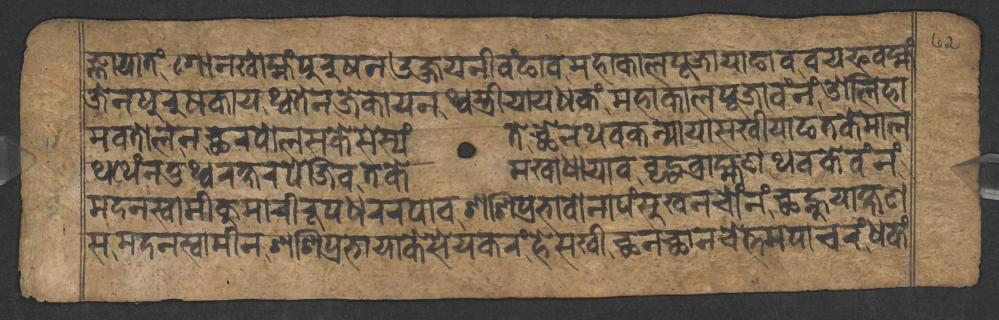
𑐖𑑂𑐘𑐵𑐫𑐵𑐟𑑄𑐐𑑀𑐣𑐏𑑀𑐩𑑂𑐴𑑄𑐥𑐸𑐬𑐸𑐲𑐣𑑁𑐖𑑂𑐖𑐫𑐣𑐷𑐰𑑄𑐒𑐵𑐰𑐩𑐴𑐵𑐎𑐵𑐮𑐥𑐹𑐖𑐵𑐫𑐵𑐒𑐵𑐰𑐰𑐫𑐦𑐰𑐩𑑂𑐴𑑄 𑐖𑐾𑐣𑐥𑐸𑐬𑐸𑐲𑐎𑐵𑐫𑐠𑑂𑐰𑐟𑐾𑐣𑐖𑐾𑐎𑐵𑐫𑐣𑐠𑑂𑐰𑐳𑑂𑐟𑑂𑐬𑐷𑐫𑐵𑐫𑐢𑐎𑑄𑐩𑐴𑐵𑐎𑐵𑐮𑐥𑐹𑐖𑐵𑐰𑑄𑐣𑑄𑐌𑐮𑐶𑐴𑐵 𑐩𑐰𑐟𑑀𑐮𑐾𑐣𑐕𑐬𑐥𑑀𑐮𑐳𑐎𑐾𑐳𑐾𑐳𑑂𑐫𑑄𑐟𑐾𑐕𑐾𑐣𑐠𑐰𑐎𑐣𑑂𑐫𑐵𑐫𑐵𑐳𑐏𑐷𑐫𑐵𑐒𑐟𑐎𑐾𑐩𑐵𑐮 𑐠𑐠𑐾𑑄𑐣𑐟𑐸𑐠𑑂𑐰𑐬𑐎𑑂𑐲𑐬𑐥𑐾𑐖𑐶𑐰𑐟𑐎𑐾𑐩𑐏𑐵𑐢𑐵𑐫𑐵𑐰𑐰𑐺𑐡𑑂𑐢𑐧𑑂𑐬𑐵𑐴𑑂𑐩𑐞𑐠𑐰𑐎𑐾𑐰𑑄𑐣𑑄 𑐩𑐡𑐣𑐳𑑂𑐰𑐵𑐩𑐷𑐎𑐸𑐩𑐵𑐬𑐷𑐬𑐹𑐥𑐢𑐬𑐬𑐥𑐵𑐰𑐱𑐱𑐶𑐥𑑂𑐬𑐨𑐵𑐰𑑀𑐣𑐵𑐥𑑄𑐳𑐸𑐏𑐣𑐔𑑀𑑄𑐣𑑄𑐕𑐣𑑂𑐴𑐸𑐫𑐵𑐎𑑂𑐲𑐞 𑐳𑐩𑐡𑐣𑐳𑑂𑐰𑐵𑐩𑐷𑐣𑐱𑐱𑐶𑐥𑑂𑐬𑐨𑐵𑐫𑐵𑐎𑐾𑐳𑐾𑐫𑐎𑐬𑑄𑐴𑐾𑐳𑐏𑐷𑐕𑐣𑐕𑐵𑐣𑐔𑐾𑐟𑑂𑐟𑐩𑐥𑐵𑐔𑐬𑑄𑐢𑐎𑑄